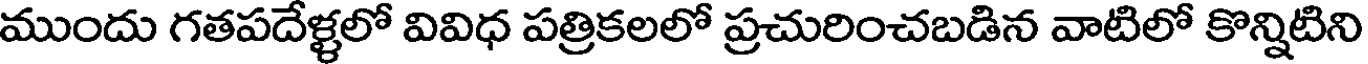
ముందు గతపదేళ్ళలో వివిధ పత్రికలలో ప్రచురించబడిన వాటిలో కొన్నిటిని